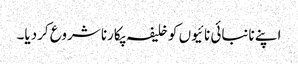
اپنے نانبائی نائیوں کو خلیفہ پکارنا شروع کردیا۔